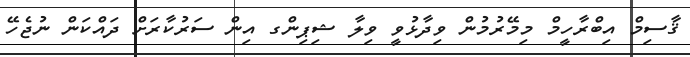
ޤާސިމް އިބްރާހީމް މިމޭރުމުން ވިދާޅުވީ ވިލާ ޝިޕިންގ އިން ސަރުކާރަށް ދައްކަން ނުޖެހޭ